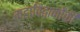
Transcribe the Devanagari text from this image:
महाविद्वानोंकी